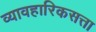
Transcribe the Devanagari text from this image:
व्यावहारिकसत्ता